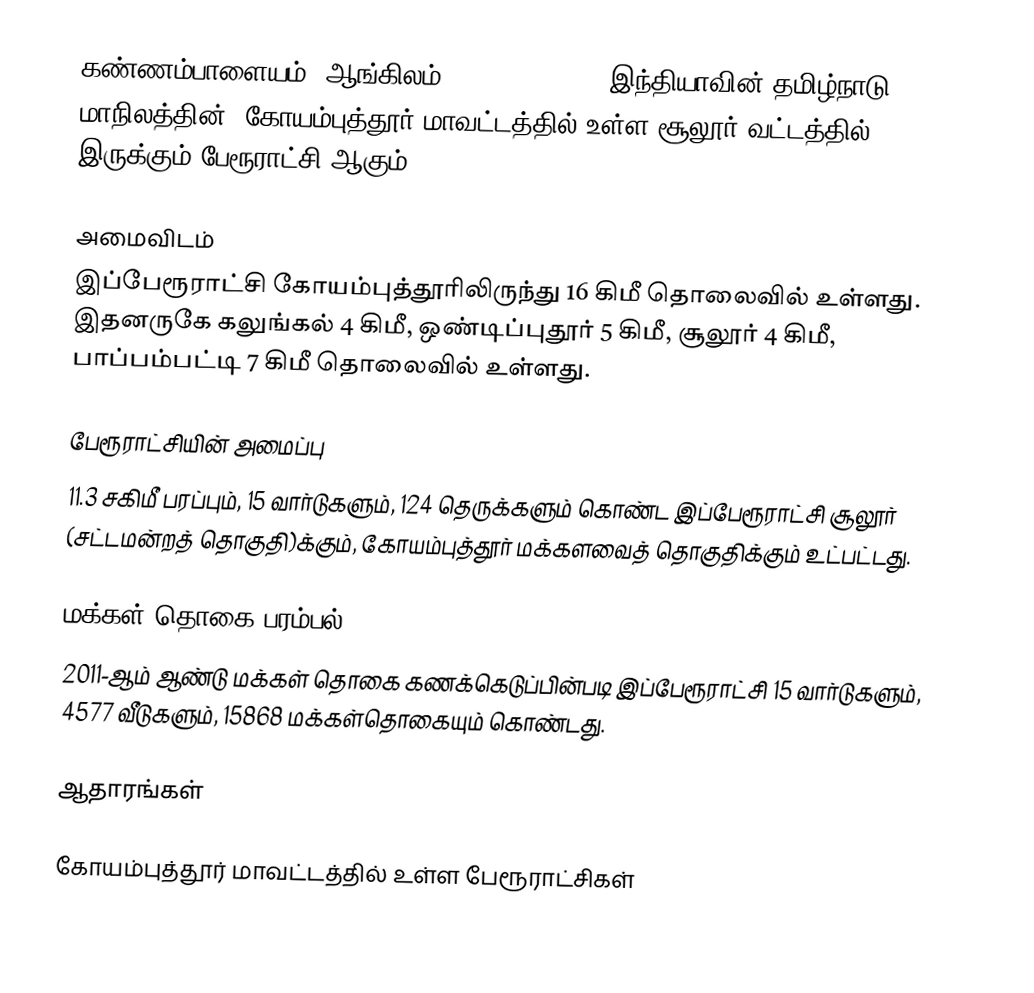
கண்ணம்பாளையம் (ஆங்கிலம்:Kannampalayam), இந்தியாவின் தமிழ்நாடு மாநிலத்தின், கோயம்புத்தூர் மாவட்டத்தில் உள்ள சூலூர் வட்டத்தில் இருக்கும் பேரூராட்சி ஆகும்.

அமைவிடம்
இப்பேரூராட்சி கோயம்புத்தூரிலிருந்து 16 கிமீ தொலைவில் உள்ளது. இதனருகே கலுங்கல் 4 கிமீ, ஒண்டிப்புதூர் 5 கிமீ, சூலூர் 4 கிமீ, பாப்பம்பட்டி 7 கிமீ தொலைவில் உள்ளது.

பேரூராட்சியின் அமைப்பு
11.3  சகிமீ பரப்பும், 15 வார்டுகளும்,  124 தெருக்களும்  கொண்ட இப்பேரூராட்சி  சூலூர்  (சட்டமன்றத் தொகுதி)க்கும், கோயம்புத்தூர் மக்களவைத் தொகுதிக்கும் உட்பட்டது.

மக்கள் தொகை பரம்பல்
2011-ஆம் ஆண்டு மக்கள் தொகை கணக்கெடுப்பின்படி  இப்பேரூராட்சி 15 வார்டுகளும், 4577 வீடுகளும், 15868 மக்கள்தொகையும் கொண்டது.

ஆதாரங்கள்

கோயம்புத்தூர் மாவட்டத்தில் உள்ள பேரூராட்சிகள்